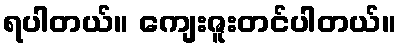
ရပါတယ်။ ကျေးဇူးတင်ပါတယ်။